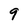
Character: 9